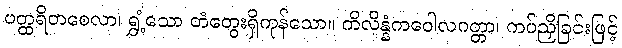
ပတ္ထရိတစေလာ၊ ရွှံ့သော တံတွေးရှိကုန်သော။ ကိလိန္နံကဝေါလဂတ္တာ၊ ကပ်ညှိခြင်းဖြင့်